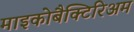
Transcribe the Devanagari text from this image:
माइकोबैक्टिरिअम